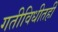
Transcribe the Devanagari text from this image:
गतीविधीतही